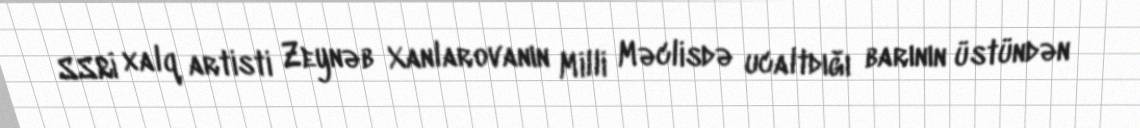
SSRİ xalq artisti Zeynəb Xanlarovanın Milli Məclisdə ucaltdığı barının üstündən